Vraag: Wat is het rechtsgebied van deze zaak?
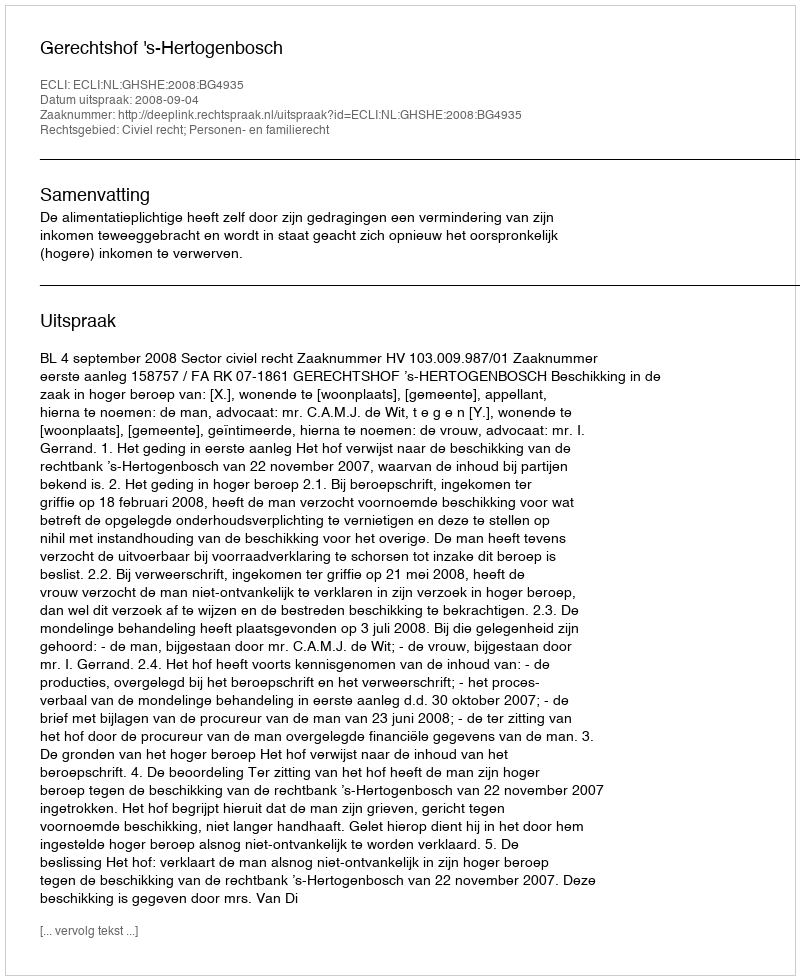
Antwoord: Civiel recht; Personen- en familierecht